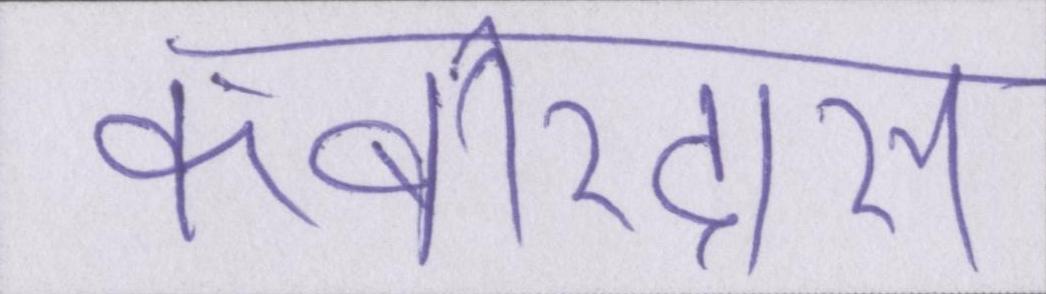
कबीरदास